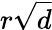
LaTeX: r{\sqrt{d}}